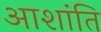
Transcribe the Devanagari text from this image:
आशांति